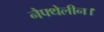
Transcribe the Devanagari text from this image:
नैफ्थेलीन।